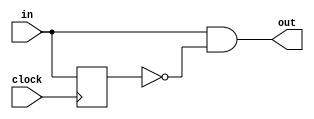
module EdgeDetect
(		input in, clock,
		output out
);
		reg in_delay;
		always @ (posedge clock)
			in_delay <= in;
		assign out = in & ~in_delay;
endmodule